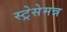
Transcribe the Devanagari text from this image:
स्ट्रेसेमन्न